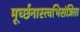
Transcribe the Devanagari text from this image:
मूर्च्छनास्त्वभिसंज्ञिता